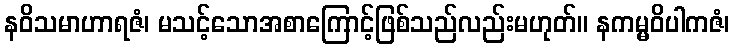
နဝိသမာဟာရဇံ၊ မသင့်သောအစာကြောင့်ဖြစ်သည်လည်းမဟုတ်။ နကမ္မဝိပါကဇံ၊